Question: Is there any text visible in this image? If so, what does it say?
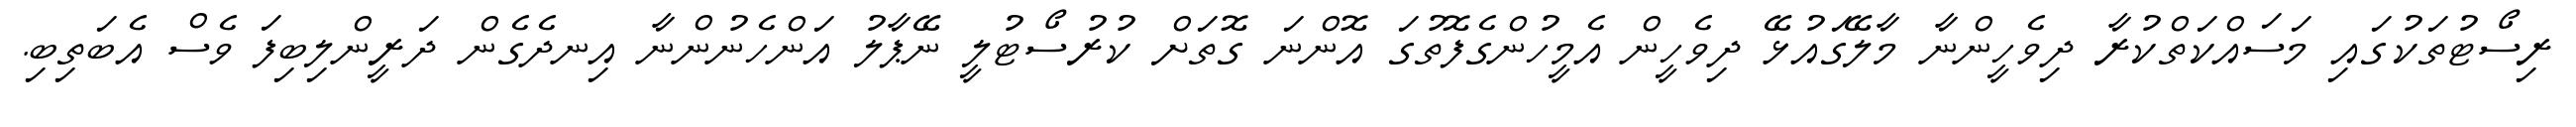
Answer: ރިސޯޓުތަކުގައި މަސައްކަތްކުރާ ދިވެހީންނާ މާލޭގައުޅޭ ދިވެހީން އެމީހުންގެފޮތުގަ އޮންނަ ގޮތަށް ކުރުސޯޓުލީ ނޭޕާލު އަންހެނުންނާ އިނދެގެން ދަރީންލިބިފަ ވެސް އެބަތިބި.